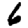
Digit: 6